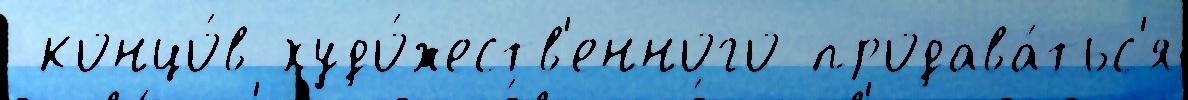
 концо́в худо́жеств'енного продава́тьс'я